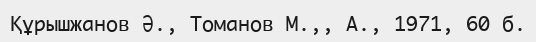
Құрышжанов Ә., Томанов М.,, А., 1971, 60 б.